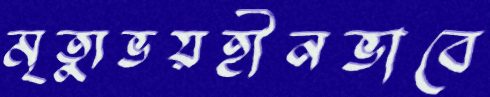
মৃত্যুভয়হীনভাবে